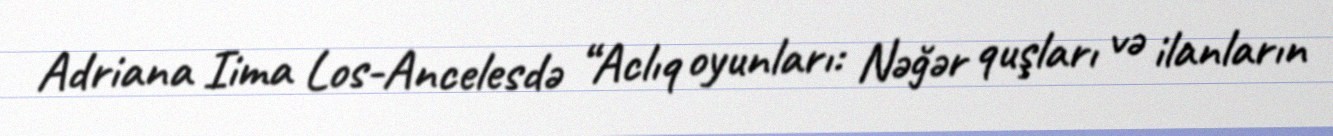
Adriana Iima Los-Ancelesdə “Aclıq oyunları: Nəğər quşları və ilanların